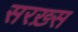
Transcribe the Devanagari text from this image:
सरख़्स